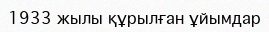
1933 жылы құрылған ұйымдар